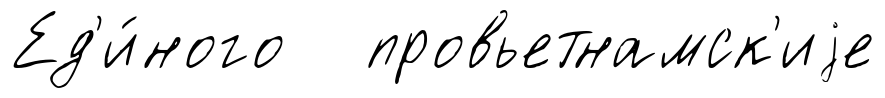
Ед'и́ного провьетнамск'иjе